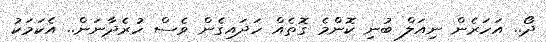
ދޯ.. އަހަރެން ނިއަލް ބުނި ކޮންމެ ގޮތެއް ހަދައިގެން ވެސް ހުރެދާނަން.. އެކަމަކު